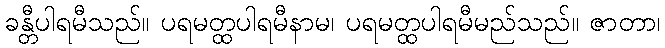
ခန္တီပါရမီသည်။ ပရမတ္ထပါရမီနာမ၊ ပရမတ္ထပါရမီမည်သည်။ ဇာတာ၊